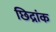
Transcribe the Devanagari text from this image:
छिद्रांक